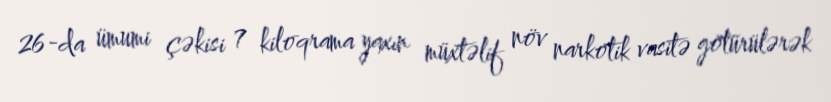
26-da ümumi çəkisi 7 kiloqrama yaxın müxtəlif növ narkotik vasitə götürülərək